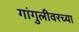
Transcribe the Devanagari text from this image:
गांगुलीवरच्या